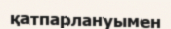
қатпарлануымен